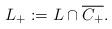
LaTeX: \begin{align*}L_{+}:=L\cap \overline{C_{+}}. \end{align*}